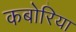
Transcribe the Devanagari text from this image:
कबोरिया